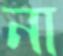
না